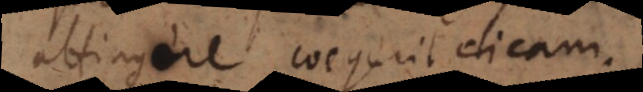
attingere coegerit dicam.